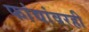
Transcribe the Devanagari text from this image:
फांद्यांवरही